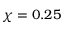
\chi = 0 . 2 5